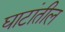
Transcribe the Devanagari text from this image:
घाटांतील